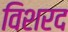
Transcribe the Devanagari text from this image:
विशरद